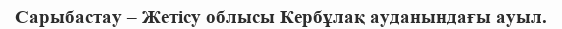
Сарыбастау – Жетісу облысы Кербұлақ ауданындағы ауыл.